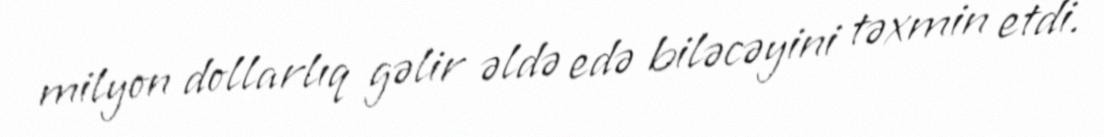
milyon dollarlıq gəlir əldə edə biləcəyini təxmin etdi.